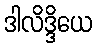
ဒါလိဒ္ဒိယေ